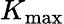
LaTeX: K_{\mathrm{max}}